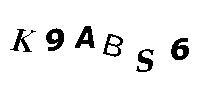
K9ABS6